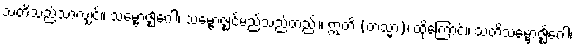
သတိသည်သာလျှင်။ သမ္ဗောဇ္ဈင်္ဂေါ၊ သမ္ဗောဇ္ဈင်မည်သည်တည်း။ ဣတိ (တသ္မာ)၊ ထိုကြောင့်။ သတိသမ္ဗောဇ္ဈင်္ဂေါ၊